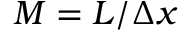
M = L / \Delta x